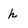
Character: h